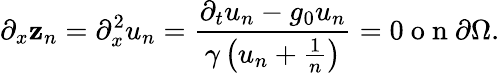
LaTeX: \partial_{x}\mathbf{z}_{n}=\partial_{x}^{2}u_{n}=\frac{{\partial_{t}u_{n}-g_{0}u_{n}}}{{\gamma\left(u_{n}+\frac{{1}}{{n}}\right)}}=0\mathrm{{~o~n~}}\partial\Omega.